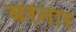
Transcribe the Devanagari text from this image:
बरनार